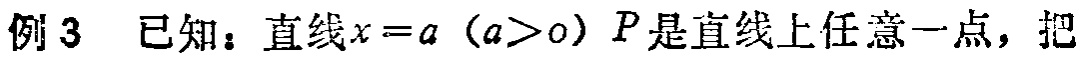
例3 已知：直线\(x = a\ (a>0)\) \(P\)是直线上任意一点，把